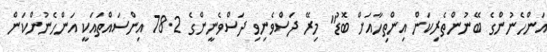
އަންހެނުންގެ ބޭނުންތެރިކަން އިންތިހާއަށް ބޮޑު" މިރޭ ދަސްވެނިވި ދަސްވެނީންގެ 78.2 އިންސައްތައަކީ އަންހެނުންކަން